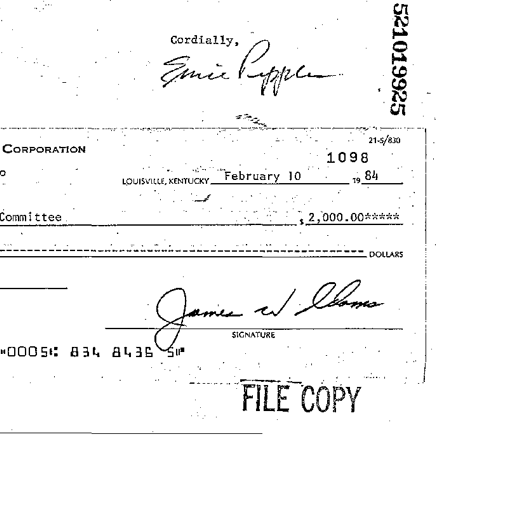
Cordially,
Ernie Pepper
521019925
CORPORATION 21-5/830
1098
LOUISVILLE, KENTUCKY February 10 19 84
Committee $ 2,000.00*****
DOLLARS
James W. Adams
SIGNATURE
0005 834 8436 5
FILE COPY